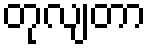
တုလျတာ